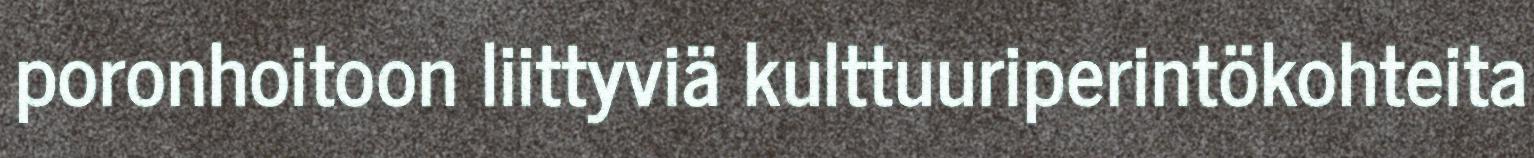
poronhoitoon liittyviä kulttuuriperintökohteita